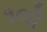
૧લો